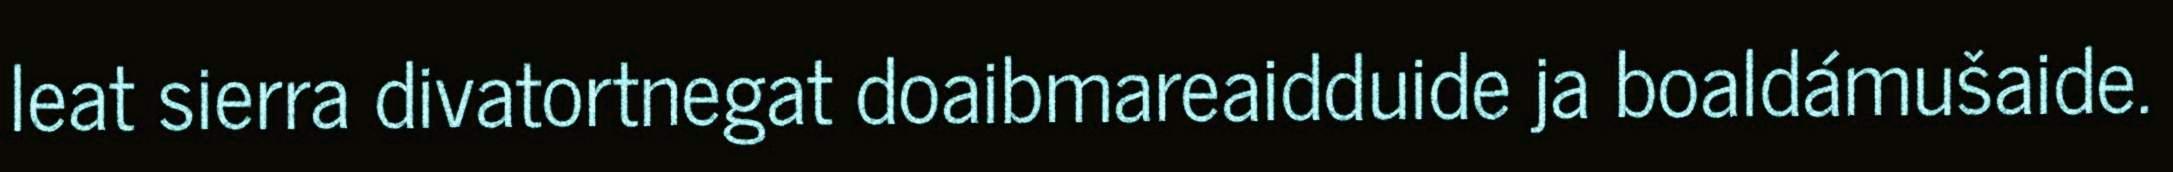
leat sierra divatortnegat doaibmareaidduide ja boaldámušaide.